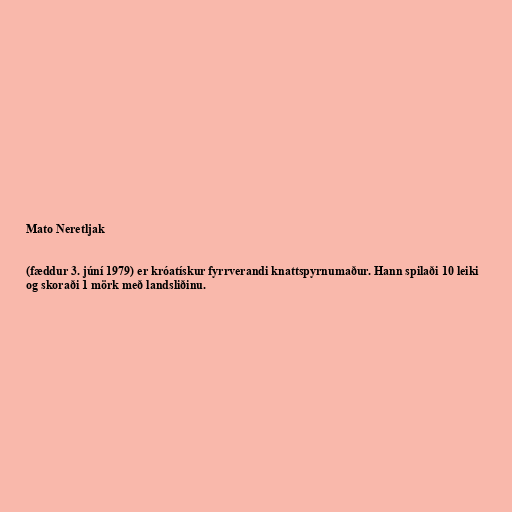
Mato Neretljak

(fæddur 3. júní 1979) er króatískur fyrrverandi knattspyrnumaður. Hann spilaði 10 leiki
og skoraði 1 mörk með landsliðinu.